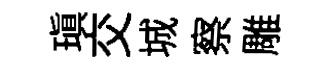
瑱交城察雕